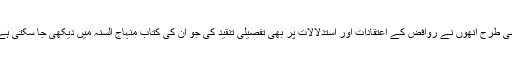
اسی طرح انھوں نے روافض کے اعتقادات اور استدلالات پر بھی تفصیلی تنقید کی جو ان کی کتاب منہاج السنہ میں دیکھی جا سکتی ہے۔